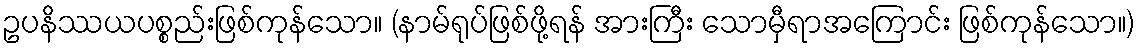
ဥပနိဿယပစ္စည်းဖြစ်ကုန်သော။ (နာမ်ရုပ်ဖြစ်ဖို့ရန် အားကြီး သောမှီရာအကြောင်း ဖြစ်ကုန်သော။)